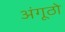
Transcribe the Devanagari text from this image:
अंगूठो